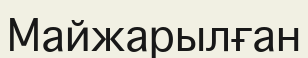
Майжарылған